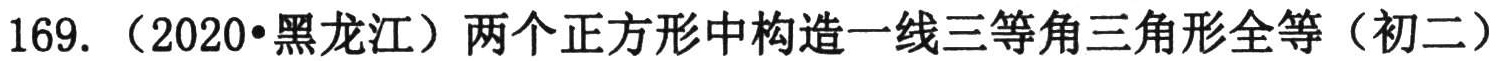
169. （2020•黑龙江）两个正方形中构造一线三等角三角形全等（初二）